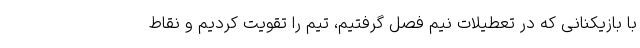
با بازیکنانی که در تعطیلات نیم فصل گرفتیم، تیم را تقویت کردیم و نقاط